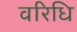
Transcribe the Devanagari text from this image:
वरिधि